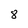
Character: 8